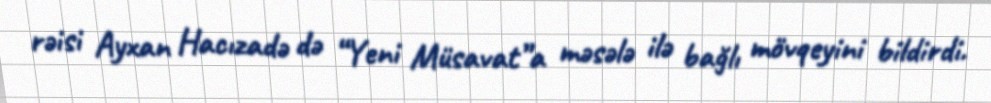
rəisi Ayxan Hacızadə də “Yeni Müsavat”a məsələ ilə bağlı mövqeyini bildirdi.